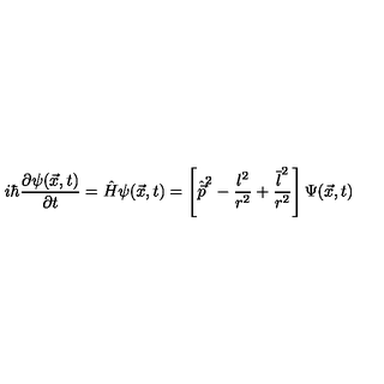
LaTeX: i \hbar { \frac { \partial \psi ( \vec { x } , t ) } { \partial t } } = \hat { H } \psi ( \vec { x } , t ) = \left[ \hat { \vec { p } } \sp 2 - { \frac { l ^ { 2 } } { r ^ { 2 } } } + { \frac { \overline { { l } } \sp 2 } { r ^ { 2 } } } \right] \Psi ( \vec { x } , t )